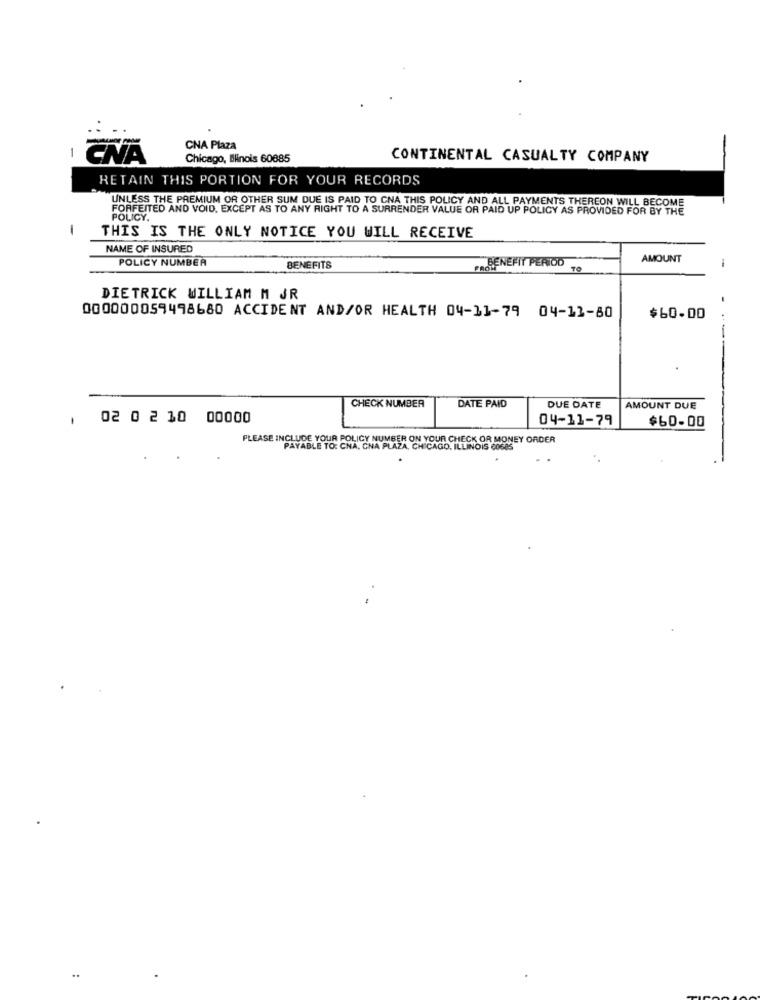
CNA Plaza
-
Chicago, Ilinois 60885
CONTINENTAL CASUALTY COMPANY
RETAIN THIS PORTION FOR YOUR RECORDS
UNLESS THE PREMIUM OR OTHER SUM DUE IS PAID TO CNA THIS POLICY AND ALL PAYMENTS THEREON WILL BECOME
FORFEITED AND VOID, EXCEPT AS TO ANY RIGHT TO A SURRENDER VALUE OR PAID UP POLICY AS PROVIDED FOR BY THE
POLICY.
-
THIS IS THE ONLY NOTICE YOU WILL RECEIVE
NAME OF INSURED
POLICY NUMBER
AMOUNT
BENEFITS
PROBENEFIT PERIOD
DIETRICK WILLIAM M JR
000000059498680 ACCIDENT AND/OR HEALTH 04-11-79 04-12-80
$60.00
. ..
DATE PAID
CHECK NUMBER
DUE DATE
AMOUNT DUE
02 0 2 10 00000
04-11-79
$60-00
PLEASE INCLUDE YOUR POLICY NUMBER ON YOUR CHECK OR MONEY ORDER
PAYABLE TO: CNA, GNA PLAZA, CHICAGO, ILLINOIS 60685
..